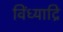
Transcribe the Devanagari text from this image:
विंध्याद्रि